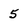
Character: 5